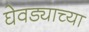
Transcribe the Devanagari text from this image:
घेवड्याच्या